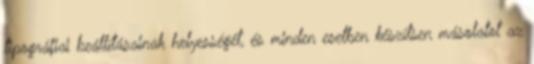
tipográfiai beállításainak helyességét, és minden esetben készítsen másolatot az